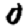
Digit: 0